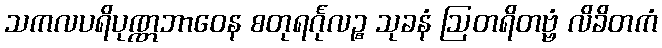
သကလပရိပုဏ္ဏဘာဝေန စတုရင်္ဂုလဉ္စ သုခနံ ဩတရိတဗ္ဗံ လိခိတကံ